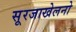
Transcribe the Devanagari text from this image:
सूरजाखेलनो